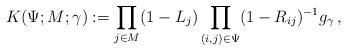
LaTeX: \begin{align*} K(\Psi; M; \gamma) := \prod_{j \in M} (1-L_j) \prod_{(i,j) \in \Psi} (1-R_{ij})^{-1} g_\gamma\,,\end{align*}